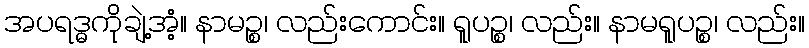
အပရဒ္ဓကိုချဲ့အံ့။ နာမဉ္စ၊ လည်းကောင်း။ ရူပဉ္စ၊ လည်း။ နာမရူပဉ္စ၊ လည်း။